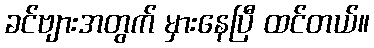
ခင်ဗျားအတွက် မှားနေပြီ ထင်တယ်။